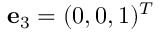
{ \bf e } _ { 3 } = ( 0 , 0 , 1 ) ^ { T }